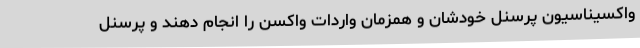
واکسیناسیون پرسنل خودشان و همزمان واردات واکسن را انجام دهند و پرسنل